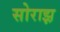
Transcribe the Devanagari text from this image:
सोराझ़